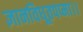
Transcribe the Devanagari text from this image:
ज्ञानविधूतपप्मा।।